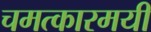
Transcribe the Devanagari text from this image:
चमत्कारमयी